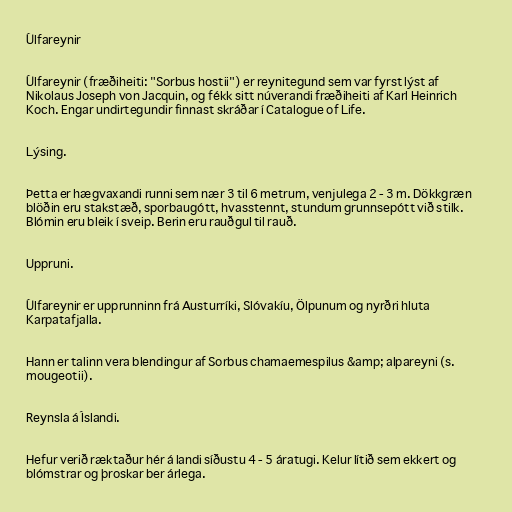
Úlfareynir

Úlfareynir (fræðiheiti: "Sorbus hostii") er reynitegund sem var fyrst lýst af
Nikolaus Joseph von Jacquin, og fékk sitt núverandi fræðiheiti af Karl Heinrich
Koch. Engar undirtegundir finnast skráðar í Catalogue of Life.

Lýsing.

Þetta er hægvaxandi runni sem nær 3 til 6 metrum, venjulega 2 - 3 m. Dökkgræn
blöðin eru stakstæð, sporbaugótt, hvasstennt, stundum grunnsepótt við stilk.
Blómin eru bleik í sveip. Berin eru rauðgul til rauð.

Uppruni.

Úlfareynir er upprunninn frá Austurríki, Slóvakíu, Ölpunum og nyrðri hluta
Karpatafjalla.

Hann er talinn vera blendingur af Sorbus chamaemespilus &amp; alpareyni (s.
mougeotii).

Reynsla á Íslandi.

Hefur verið ræktaður hér á landi síðustu 4 - 5 áratugi. Kelur lítið sem ekkert og
blómstrar og þroskar ber árlega.